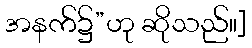
အနက်၌”ဟု ဆိုသည်။]